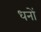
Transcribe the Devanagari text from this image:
धनों